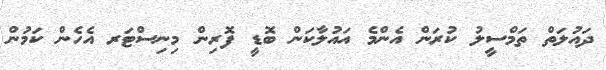
ދައުލަތް ތަމްސީލު ކުރަން އެންމެ އައުލާކަން ބޮޑީ ފޮރިން މިނިސްޓަރ އެހެން ކަމުން